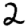
Digit: 2